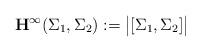
LaTeX: \begin{align*} \mathbf{H}^\infty(\Sigma_1,\Sigma_2):=\big\vert[\Sigma_1,\Sigma_2]\big\vert\end{align*}